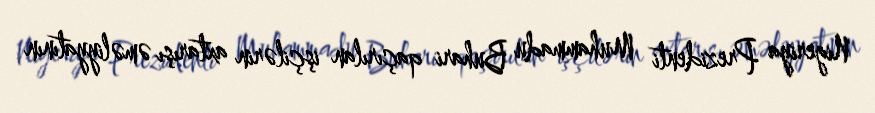
Nigeriya Prezidenti Muhammadu Buhari qaçırılan işçilərin axtarışı əməliyyatının